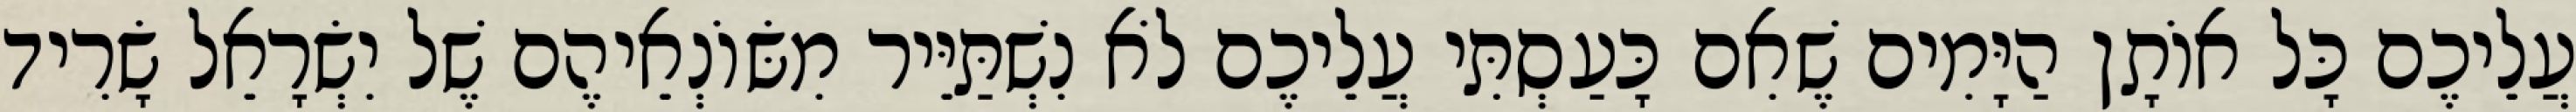
עֲלֵיכֶם כָּל אוֹתָן הַיָּמִים שֶׁאִם כָּעַסְתִּי עֲלֵיכֶם לֹא נִשְׁתַּיֵּיר מִשּׂוֹנְאֵיהֶם שֶׁל יִשְׂרָאֵל שָׂרִיד